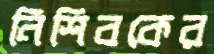
নিশিবকের